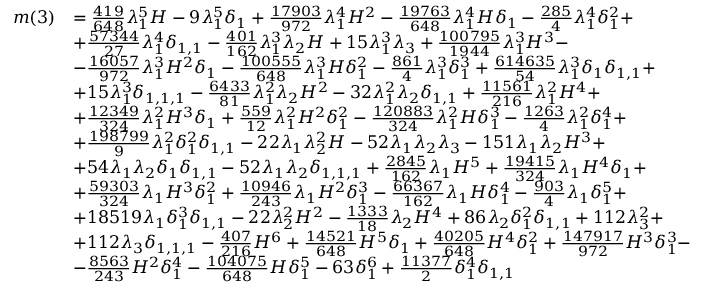
\begin{array} { r l } { m ( 3 ) } & { = \frac { 4 1 9 } { 6 4 8 } \lambda _ { 1 } ^ { 5 } H - 9 \lambda _ { 1 } ^ { 5 } \delta _ { 1 } + \frac { 1 7 9 0 3 } { 9 7 2 } \lambda _ { 1 } ^ { 4 } H ^ { 2 } - \frac { 1 9 7 6 3 } { 6 4 8 } \lambda _ { 1 } ^ { 4 } H \delta _ { 1 } - \frac { 2 8 5 } { 4 } \lambda _ { 1 } ^ { 4 } \delta _ { 1 } ^ { 2 } + } \\ & { + \frac { 5 7 3 4 4 } { 2 7 } \lambda _ { 1 } ^ { 4 } \delta _ { 1 , 1 } - \frac { 4 0 1 } { 1 6 2 } \lambda _ { 1 } ^ { 3 } \lambda _ { 2 } H + 1 5 \lambda _ { 1 } ^ { 3 } \lambda _ { 3 } + \frac { 1 0 0 7 9 5 } { 1 9 4 4 } \lambda _ { 1 } ^ { 3 } H ^ { 3 } - } \\ & { - \frac { 1 6 0 5 7 } { 9 7 2 } \lambda _ { 1 } ^ { 3 } H ^ { 2 } \delta _ { 1 } - \frac { 1 0 0 5 5 5 } { 6 4 8 } \lambda _ { 1 } ^ { 3 } H \delta _ { 1 } ^ { 2 } - \frac { 8 6 1 } { 4 } \lambda _ { 1 } ^ { 3 } \delta _ { 1 } ^ { 3 } + \frac { 6 1 4 6 3 5 } { 5 4 } \lambda _ { 1 } ^ { 3 } \delta _ { 1 } \delta _ { 1 , 1 } + } \\ & { + 1 5 \lambda _ { 1 } ^ { 3 } \delta _ { 1 , 1 , 1 } - \frac { 6 4 3 3 } { 8 1 } \lambda _ { 1 } ^ { 2 } \lambda _ { 2 } H ^ { 2 } - 3 2 \lambda _ { 1 } ^ { 2 } \lambda _ { 2 } \delta _ { 1 , 1 } + \frac { 1 1 5 6 1 } { 2 1 6 } \lambda _ { 1 } ^ { 2 } H ^ { 4 } + } \\ & { + \frac { 1 2 3 4 9 } { 3 2 4 } \lambda _ { 1 } ^ { 2 } H ^ { 3 } \delta _ { 1 } + \frac { 5 5 9 } { 1 2 } \lambda _ { 1 } ^ { 2 } H ^ { 2 } \delta _ { 1 } ^ { 2 } - \frac { 1 2 0 8 8 3 } { 3 2 4 } \lambda _ { 1 } ^ { 2 } H \delta _ { 1 } ^ { 3 } - \frac { 1 2 6 3 } { 4 } \lambda _ { 1 } ^ { 2 } \delta _ { 1 } ^ { 4 } + } \\ & { + \frac { 1 9 8 7 9 9 } { 9 } \lambda _ { 1 } ^ { 2 } \delta _ { 1 } ^ { 2 } \delta _ { 1 , 1 } - 2 2 \lambda _ { 1 } \lambda _ { 2 } ^ { 2 } H - 5 2 \lambda _ { 1 } \lambda _ { 2 } \lambda _ { 3 } - 1 5 1 \lambda _ { 1 } \lambda _ { 2 } H ^ { 3 } + } \\ & { + 5 4 \lambda _ { 1 } \lambda _ { 2 } \delta _ { 1 } \delta _ { 1 , 1 } - 5 2 \lambda _ { 1 } \lambda _ { 2 } \delta _ { 1 , 1 , 1 } + \frac { 2 8 4 5 } { 1 6 2 } \lambda _ { 1 } H ^ { 5 } + \frac { 1 9 4 1 5 } { 3 2 4 } \lambda _ { 1 } H ^ { 4 } \delta _ { 1 } + } \\ & { + \frac { 5 9 3 0 3 } { 3 2 4 } \lambda _ { 1 } H ^ { 3 } \delta _ { 1 } ^ { 2 } + \frac { 1 0 9 4 6 } { 2 4 3 } \lambda _ { 1 } H ^ { 2 } \delta _ { 1 } ^ { 3 } - \frac { 6 6 3 6 7 } { 1 6 2 } \lambda _ { 1 } H \delta _ { 1 } ^ { 4 } - \frac { 9 0 3 } { 4 } \lambda _ { 1 } \delta _ { 1 } ^ { 5 } + } \\ & { + 1 8 5 1 9 \lambda _ { 1 } \delta _ { 1 } ^ { 3 } \delta _ { 1 , 1 } - 2 2 \lambda _ { 2 } ^ { 2 } H ^ { 2 } - \frac { 1 3 3 3 } { 1 8 } \lambda _ { 2 } H ^ { 4 } + 8 6 \lambda _ { 2 } \delta _ { 1 } ^ { 2 } \delta _ { 1 , 1 } + 1 1 2 \lambda _ { 3 } ^ { 2 } + } \\ & { + 1 1 2 \lambda _ { 3 } \delta _ { 1 , 1 , 1 } - \frac { 4 0 7 } { 2 1 6 } H ^ { 6 } + \frac { 1 4 5 2 1 } { 6 4 8 } H ^ { 5 } \delta _ { 1 } + \frac { 4 0 2 0 5 } { 6 4 8 } H ^ { 4 } \delta _ { 1 } ^ { 2 } + \frac { 1 4 7 9 1 7 } { 9 7 2 } H ^ { 3 } \delta _ { 1 } ^ { 3 } - } \\ & { - \frac { 8 5 6 3 } { 2 4 3 } H ^ { 2 } \delta _ { 1 } ^ { 4 } - \frac { 1 0 4 0 7 5 } { 6 4 8 } H \delta _ { 1 } ^ { 5 } - 6 3 \delta _ { 1 } ^ { 6 } + \frac { 1 1 3 7 7 } { 2 } \delta _ { 1 } ^ { 4 } \delta _ { 1 , 1 } } \end{array}